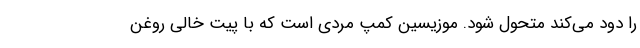
را دود می‌کند متحول شود. موزیسین کمپ مردی است که با پیت خالی روغن